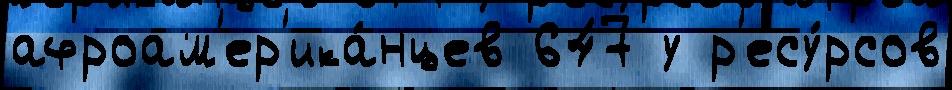
афроам'ер'ика́нцев 647 у р'есу́рсов